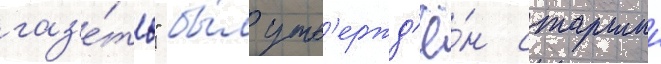
газ'е́ты" бы́л утв'ержд'ё́н старшии